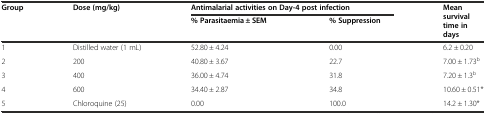
| <ROWSPAN=2> Group | <ROWSPAN=2> Dose (mg/kg) | <COLSPAN=2> Antimalarial activities on Day-4 post infection | <ROWSPAN=2> Mean survival time in days |
 | % Parasitaemia ± SEM | % Suppression |
 | --- | --- | --- | --- | --- |
 | 1 | Distilled water (1 mL) | 52.80 ± 4.24 | 0.00 | 6.2 ± 0.20 |
 | 2 | 200 | 40.80 ± 3.67 | 22.7 | 7.00 ± 1.73b |
 | 3 | 400 | 36.00 ± 4.74 | 31.8 | 7.20 ± 1.3b |
 | 4 | 600 | 34.40 ± 2.87 | 34.8 | 10.60 ± 0.51* |
 | 5 | Chloroquine (25) | 0.00 | 100.0 | 14.2 ± 1.30* |